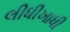
લીધીખાધી